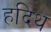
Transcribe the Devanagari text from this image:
हदिथ